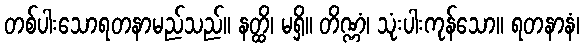
တစ်ပါးသောရတနာမည်သည်။ နတ္ထိ၊ မရှိ။ တိဏ္ဏံ၊ သုံးပါးကုန်သော။ ရတနာနံ၊